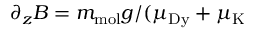
\partial _ { z } B = m _ { \mathrm { m o l } } g / ( \mu _ { \mathrm { D y } } + \mu _ { \mathrm { K } }